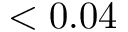
< 0 . 0 4